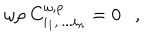
LaTeX: \omega \rho ~ C _ { i _ { 1 } , . . . . i _ { n } } ^ { \omega , \rho } = 0 ,